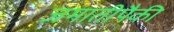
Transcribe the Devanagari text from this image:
जमातीपैकी